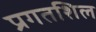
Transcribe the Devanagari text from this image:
प्रगतशिल